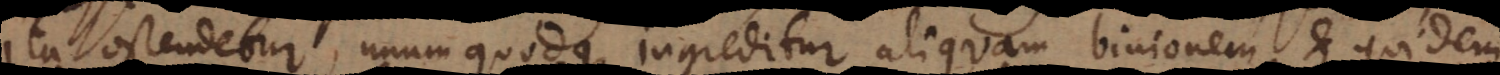
ita ostendetur, unumquodque ingreditur aliquam binionem et quidem